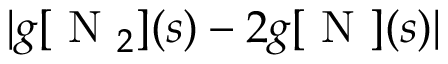
| g [ \mathrm { ~ N ~ } _ { 2 } ] ( s ) - 2 g [ \mathrm { ~ N ~ } ] ( s ) |